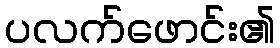
ပလက်ဖောင်း၏